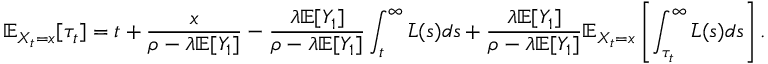
\mathbb { E } _ { X _ { t } = x } [ \tau _ { t } ] = t + \frac { x } { \rho - \lambda \mathbb { E } [ Y _ { 1 } ] } - \frac { \lambda \mathbb { E } [ Y _ { 1 } ] } { \rho - \lambda \mathbb { E } [ Y _ { 1 } ] } \int _ { t } ^ { \infty } \bar { L } ( s ) d s + \frac { \lambda \mathbb { E } [ Y _ { 1 } ] } { \rho - \lambda \mathbb { E } [ Y _ { 1 } ] } \mathbb { E } _ { X _ { t } = x } \left[ \int _ { \tau _ { t } } ^ { \infty } \bar { L } ( s ) d s \right] .